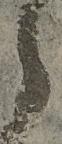
之